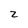
Character: z